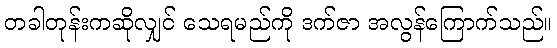
တခါတုန်းကဆိုလျှင် သေရမည်ကို ဒက်ဇာ အလွန်ကြောက်သည်။